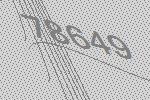
78649